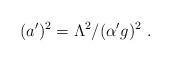
LaTeX: \begin{align*}(a^{\prime })^{2}=\Lambda ^{2}/({\alpha'}g)^{2}\,\,.\end{align*}